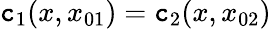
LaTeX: \mathtt{c}_{1}(x,x_{01})=\mathtt{c}_{2}(x,x_{02})